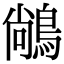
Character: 𪁺